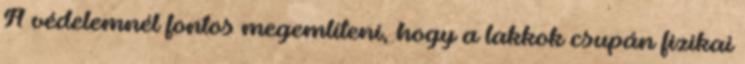
A védelemnél fontos megemlíteni, hogy a lakkok csupán fizikai